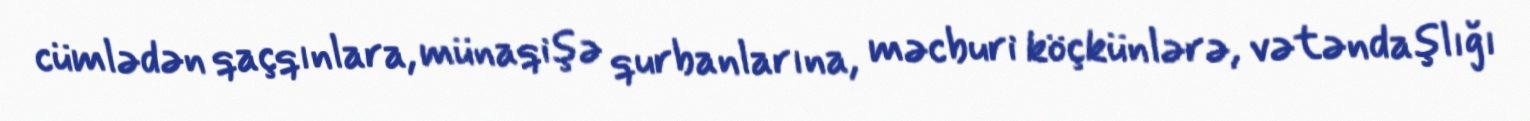
cümlədən qaçqınlara, münaqişə qurbanlarına, məcburi köçkünlərə, vətəndaşlığı